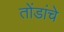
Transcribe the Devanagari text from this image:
तोंडांचे